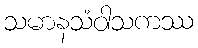
သမာနသံဝါသကဿ